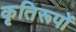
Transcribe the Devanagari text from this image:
कृतिरूपों